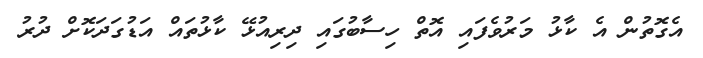
އެގޮތުން އެ ކާޅު މަރުވެފައި އޮތް ހިސާބުގައި ދިރިއުޅޭ ކާޅުތައް އަޑުގަދަކޮށް ދުރު